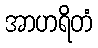
အာဟရိတံ